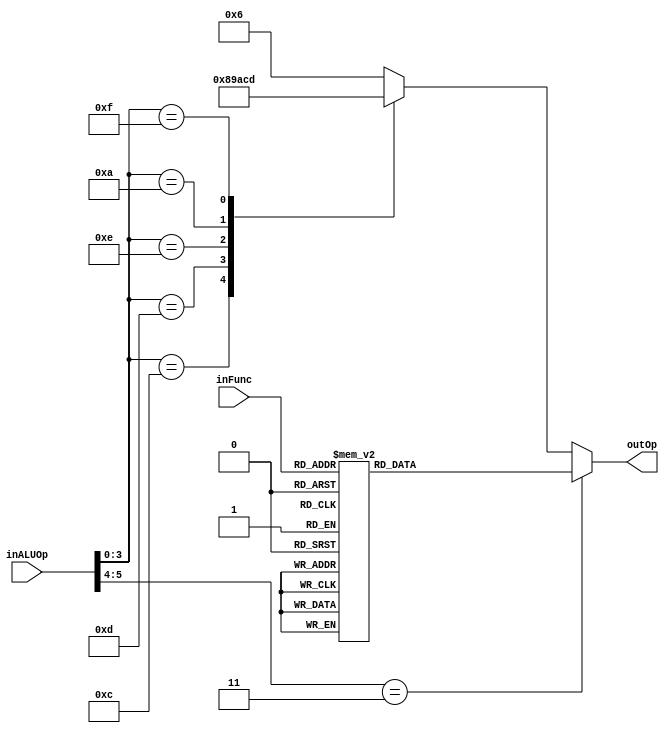
`timescale 1ns / 1ps
module ALU_control(input [5:0] inALUOp,
                   input [5:0] inFunc,
                   output [3:0] outOp);

// parameter: constante en verilog
parameter [3:0] SLL  = 4'b0000;
parameter [3:0] SRL  = 4'b0001;
parameter [3:0] SRA  = 4'b0010;
parameter [3:0] SLLV = 4'b0011;
parameter [3:0] SRLV = 4'b0100;
parameter [3:0] SRAV = 4'b0101;
parameter [3:0] ADD  = 4'b0110;
parameter [3:0] SUB  = 4'b0111;
parameter [3:0] AND  = 4'b1000;
parameter [3:0] OR   = 4'b1001;
parameter [3:0] XOR  = 4'b1010;
parameter [3:0] NOR  = 4'b1011;
parameter [3:0] SLT  = 4'b1100;
parameter [3:0] LUI  = 4'b1101;

// Registros
reg [3:0] aux_op;

always @(*)
begin
    casex(inALUOp)
        6'b11XXXX: // R-type -> ver el campo funct
            case(inFunc)
                6'b000000: aux_op = SLL;
                6'b000010: aux_op = SRL;
                6'b000011: aux_op = SRA;
                6'b000100: aux_op = SLLV;
                6'b000110: aux_op = SRLV;
                6'b000111: aux_op = SRAV;
                6'b100001: aux_op = ADD; // ADDU - unsigned
                6'b100011: aux_op = SUB; // SUBU - unsigned
                6'b100100: aux_op = AND;
                6'b100101: aux_op = OR;
                6'b100110: aux_op = XOR;
                6'b100111: aux_op = NOR;
                6'b101010: aux_op = SLT;
                default: aux_op   = 4'b0000;
            endcase
        default:// changed due to timing loop
            case(inALUOp[3:0])
                4'b1000: aux_op = ADD; // ADDI
                4'b1100: aux_op = AND; // ANDI
                4'b1101: aux_op = OR; // ORI
                4'b1110: aux_op = XOR; // XORI
                4'b1010: aux_op = SLT; // SLTI
                4'b1111: aux_op = LUI;
                4'b0100: aux_op = ADD; // LOAD & STORE 
                default: aux_op = ADD;
            endcase
    endcase
end

// Asignaciones de salida
assign outOp = aux_op;

endmodule